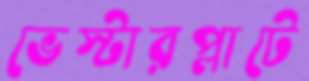
ভেস্টারপ্লাটে